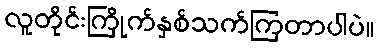
လူတိုင်းကြိုက်နှစ်သက်ကြတာပါပဲ။